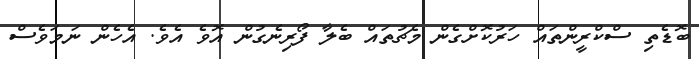
ބޮޑެތި ސްކްރީންތައް ހަރުކޮށްގެން މެޗުތައް ބެލާ ފޯރިނެގުން އޮވެ އެވެ. އެހެން ނަމަވެސް